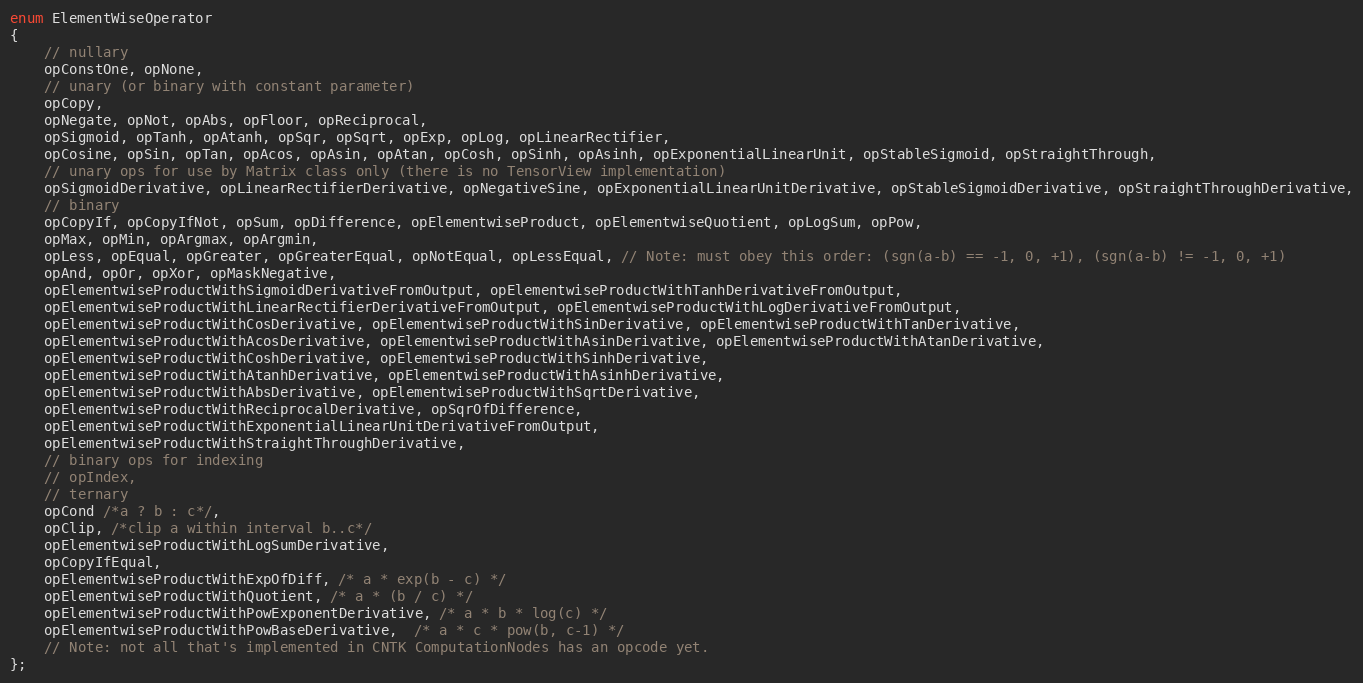
Language: C
enum ElementWiseOperator
{
    // nullary
    opConstOne, opNone,
    // unary (or binary with constant parameter)
    opCopy,
    opNegate, opNot, opAbs, opFloor, opReciprocal,
    opSigmoid, opTanh, opAtanh, opSqr, opSqrt, opExp, opLog, opLinearRectifier,
    opCosine, opSin, opTan, opAcos, opAsin, opAtan, opCosh, opSinh, opAsinh, opExponentialLinearUnit, opStableSigmoid, opStraightThrough,
    // unary ops for use by Matrix class only (there is no TensorView implementation)
    opSigmoidDerivative, opLinearRectifierDerivative, opNegativeSine, opExponentialLinearUnitDerivative, opStableSigmoidDerivative, opStraightThroughDerivative,
    // binary
    opCopyIf, opCopyIfNot, opSum, opDifference, opElementwiseProduct, opElementwiseQuotient, opLogSum, opPow,
    opMax, opMin, opArgmax, opArgmin,
    opLess, opEqual, opGreater, opGreaterEqual, opNotEqual, opLessEqual, // Note: must obey this order: (sgn(a-b) == -1, 0, +1), (sgn(a-b) != -1, 0, +1)
    opAnd, opOr, opXor, opMaskNegative,
    opElementwiseProductWithSigmoidDerivativeFromOutput, opElementwiseProductWithTanhDerivativeFromOutput,
    opElementwiseProductWithLinearRectifierDerivativeFromOutput, opElementwiseProductWithLogDerivativeFromOutput,
    opElementwiseProductWithCosDerivative, opElementwiseProductWithSinDerivative, opElementwiseProductWithTanDerivative,
    opElementwiseProductWithAcosDerivative, opElementwiseProductWithAsinDerivative, opElementwiseProductWithAtanDerivative,
    opElementwiseProductWithCoshDerivative, opElementwiseProductWithSinhDerivative,
    opElementwiseProductWithAtanhDerivative, opElementwiseProductWithAsinhDerivative,
    opElementwiseProductWithAbsDerivative, opElementwiseProductWithSqrtDerivative,
    opElementwiseProductWithReciprocalDerivative, opSqrOfDifference,
    opElementwiseProductWithExponentialLinearUnitDerivativeFromOutput,
    opElementwiseProductWithStraightThroughDerivative,
    // binary ops for indexing
    // opIndex,
    // ternary
    opCond /*a ? b : c*/,
    opClip, /*clip a within interval b..c*/
    opElementwiseProductWithLogSumDerivative,
    opCopyIfEqual,
    opElementwiseProductWithExpOfDiff, /* a * exp(b - c) */
    opElementwiseProductWithQuotient, /* a * (b / c) */
    opElementwiseProductWithPowExponentDerivative, /* a * b * log(c) */
    opElementwiseProductWithPowBaseDerivative,  /* a * c * pow(b, c-1) */
    // Note: not all that's implemented in CNTK ComputationNodes has an opcode yet.
};